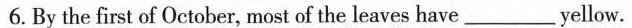
6.By the first of October, most of the leaves have ___ yellow.